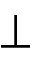
\perp